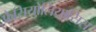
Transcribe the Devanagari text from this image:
फैसियोलियासिस